Problem: 7 × 4 = ?
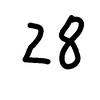
Handwritten answer: 28